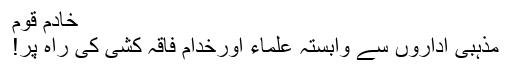
خادم قوم
مذہبی اداروں سے وابستہ علماء اورخدام فاقہ کشی کی راہ پر!